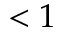
< 1